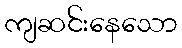
ကျဆင်းနေသော